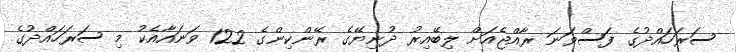
ސަރަހައްދުގެ ފަސްވަނަ ރާއްޖެއަށް ލިބޭއިރު ދުނިޔޭގެ ރޭންކިންގެ 122 ވަނައާއެކު މި ސަރަހައްދުގެ